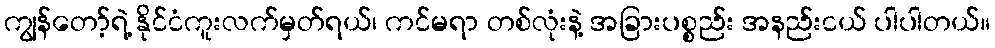
ကျွန်တော့်ရဲ့ နိုင်ငံကူးလက်မှတ်ရယ်၊ ကင်မရာ တစ်လုံးနဲ့ အခြားပစ္စည်း အနည်းငယ် ပါပါတယ်။